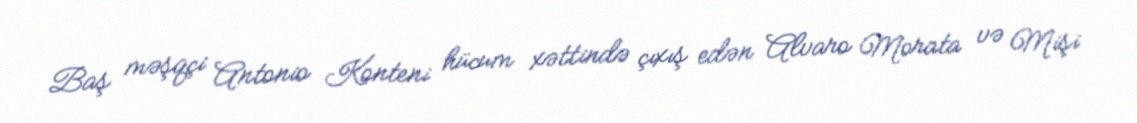
Baş məşqçi Antonio Konteni hücum xəttində çıxış edən Alvaro Morata və Mişi